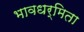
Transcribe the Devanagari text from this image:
भावधर्मिता